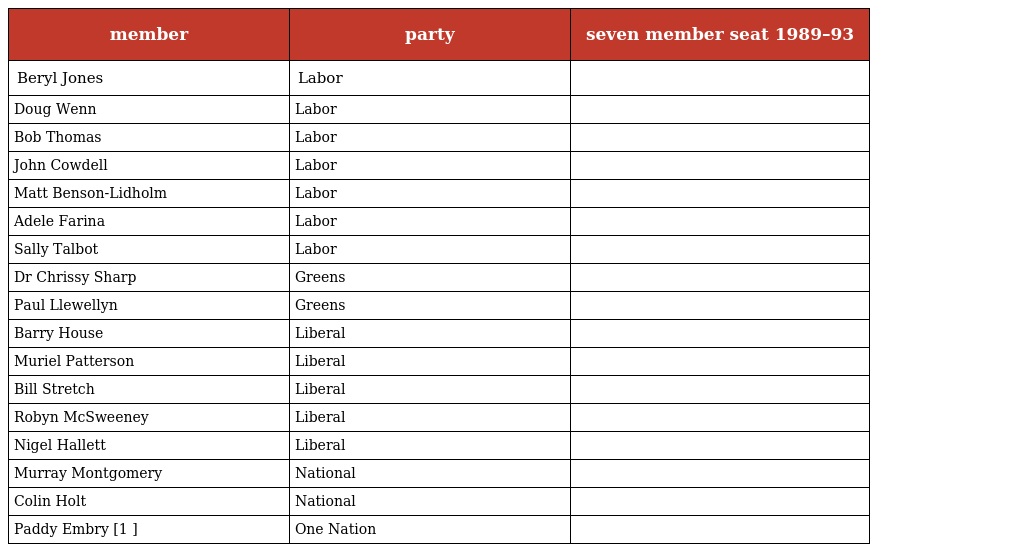
| member | party | seven member seat 1989–93 |
 | --- | --- | --- |
 | Beryl Jones | Labor |  |
 | Doug Wenn | Labor |  |
 | Bob Thomas | Labor |  |
 | John Cowdell | Labor |  |
 | Matt Benson-Lidholm | Labor |  |
 | Adele Farina | Labor |  |
 | Sally Talbot | Labor |  |
 | Dr Chrissy Sharp | Greens |  |
 | Paul Llewellyn | Greens |  |
 | Barry House | Liberal |  |
 | Muriel Patterson | Liberal |  |
 | Bill Stretch | Liberal |  |
 | Robyn McSweeney | Liberal |  |
 | Nigel Hallett | Liberal |  |
 | Murray Montgomery | National |  |
 | Colin Holt | National |  |
 | Paddy Embry [1 ] | One Nation |  |